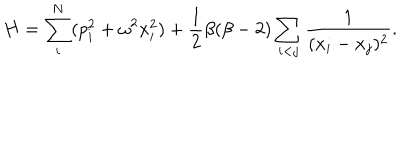
LaTeX: H = \sum _ { i } ^ { N } ( p _ { i } ^ { 2 } + \omega ^ { 2 } x _ { i } ^ { 2 } ) + { \frac { 1 } { 2 } } \beta ( \beta - 2 ) \sum _ { i < j } { \frac { 1 } { ( x _ { i } - x _ { j } ) ^ { 2 } } } .